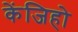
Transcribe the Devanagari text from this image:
केंजिहो